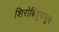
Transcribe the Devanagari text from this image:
शिरोबिंदूपासून